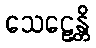
သေဠေန္တိ